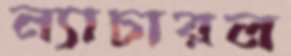
ন্যাচারল